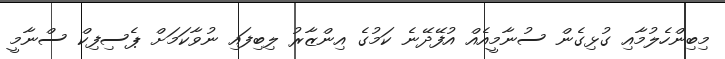
މިބިންހެލުމާއި ގުޅިގެން ސުނާމީއެއް އުފޭދޭނެ ކަމުގެ އިންޒާރު ލިބިފައި ނުވާކަމަށް ޕެސިފިކް ސްނާމީ